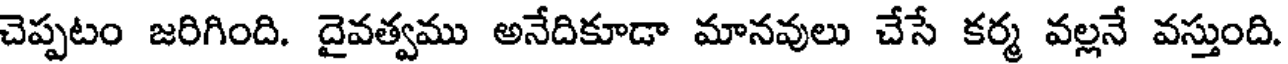
చెప్పటం జరిగింది. దైవత్వము అనేదికూడా మానవులు చేసే కర్మ వల్లనే వస్తుంది